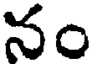
నం